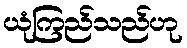
ယုံကြည်သည်ဟု